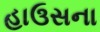
હાઉસના